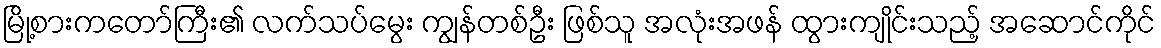
မြို့စားကတော်ကြီး၏ လက်သပ်မွေး ကျွန်တစ်ဦး ဖြစ်သူ အလုံးအဖန် ထွားကျိုင်းသည့် အဆောင်ကိုင်